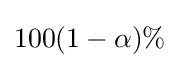
100(1-\alpha )\%